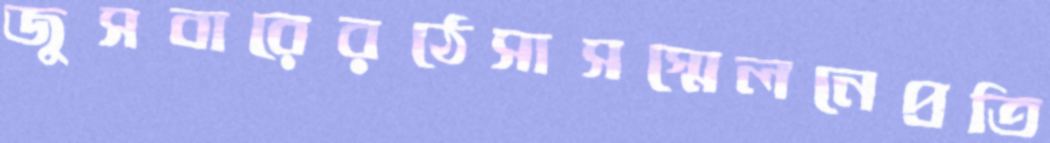
জুসবারেরঠেসাসস্মেলনেপ্রতি